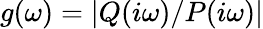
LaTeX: g(\omega)=|Q(i\omega)/P(i\omega)|